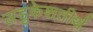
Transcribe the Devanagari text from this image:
लडुकेशतीर्थ